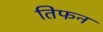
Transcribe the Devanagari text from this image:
तिफन